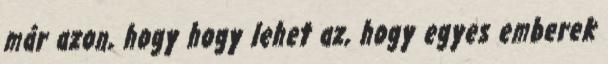
már azon, hogy hogy lehet az, hogy egyes emberek